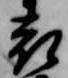
表